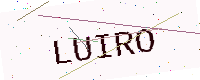
Text: LUIRO